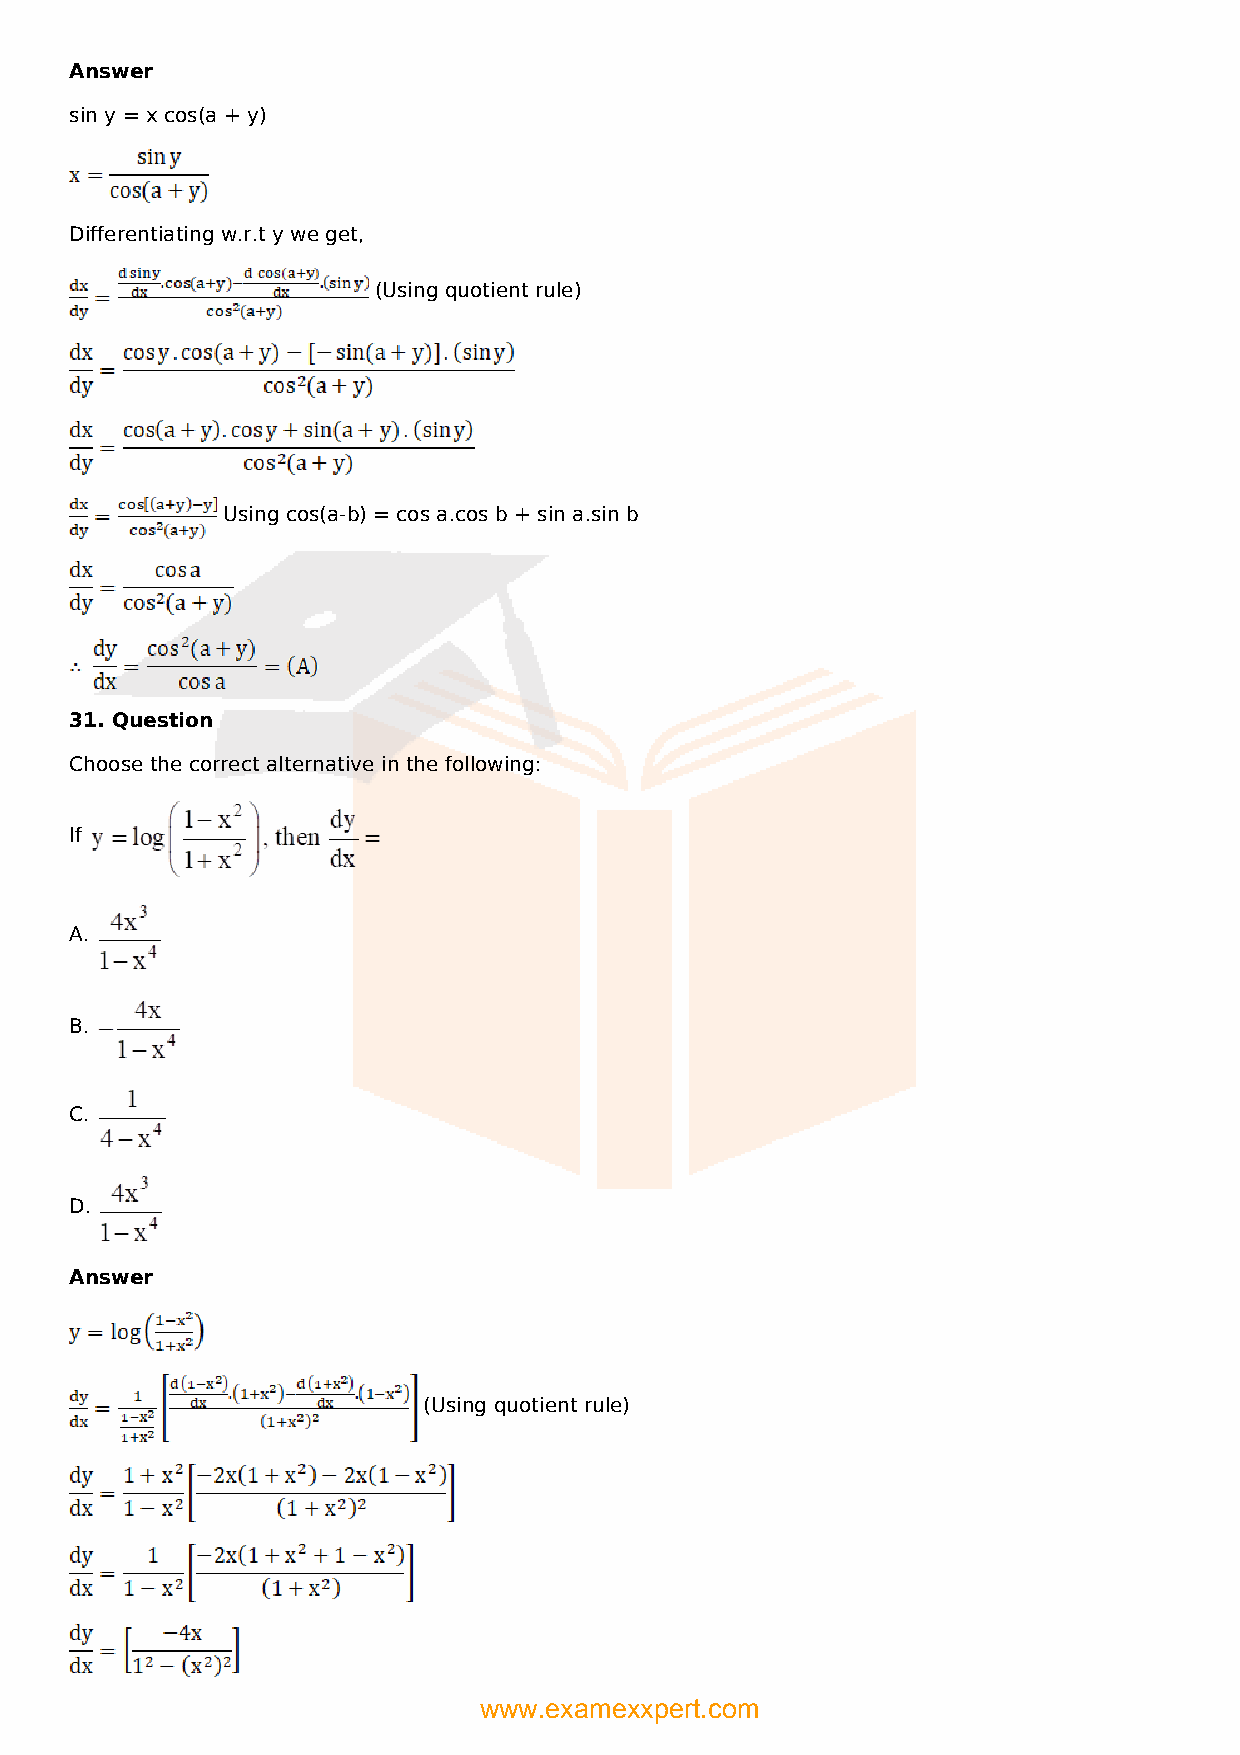
Answer
 sin y = x cos(a + y)
 Differentiating w.r.t y we get,
 (Using quotient rule)
 Using cos(a-b) = cos a.cos b + sin a.sin b
 31. Question
 Choose the correct alternative in the following:
 If
 A.
 B.
 C.
 D.
 Answer
 (Using quotient rule)
 www.examexxpert.com